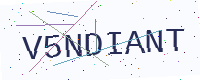
Text: V5NDIANT